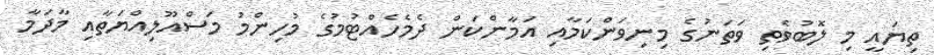
ތިޔައީ މި ލޮބުވެތި ވަތަނުގެ މިނިވަންކަމާއި އަމާންކަން ދެމެހެއްޓުމުގެ މުހިންމު މަސްއޫލިއްޔަތާއި މާދަމާ